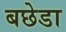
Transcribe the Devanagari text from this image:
बछेडा